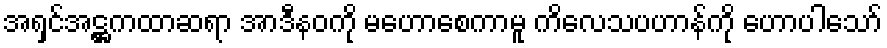
အရှင်အဋ္ဌကထာဆရာ အာဒီနဝကို မဟောစေကာမူ ကိလေသပဟာန်ကို ဟောပါသော်